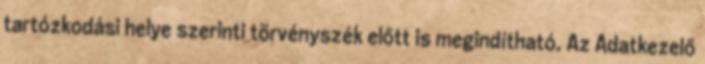
tartózkodási helye szerinti törvényszék előtt is megindítható. Az Adatkezelő